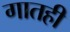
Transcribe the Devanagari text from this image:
गातही